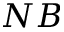
N B